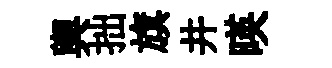
輿拙旗井暎